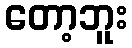
တော့ဘူး